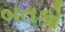
બતકો